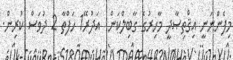
މިފެންނަނީ އިޤްތިޞާދީ މާހިރުގެ ގާބިލްކަން  އަދުރޭ1 ހަފްތާ 2 ދުވަސް ކުރިން.